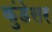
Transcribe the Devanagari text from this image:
कुंडेसर